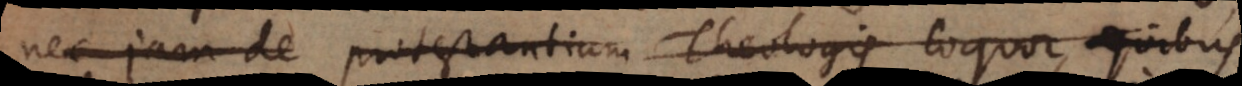
nec jam de protestantium Theologis loquor, quibus